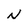
Character: N